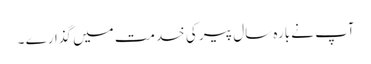
آپ نے بارہ سال پیر کی خدمت میں گذارے ۔